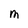
Character: M